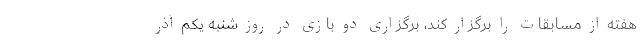
هفته از مسابقات را برگزار کند، برگزاری دو بازی در روز شنبه یکم آذر